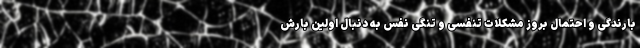
بارندگی و احتمال بروز مشکلات تنفسی و تنگی نفس به دنبال اولین بارش